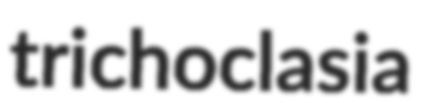
trichoclasia